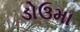
ડોઉમા